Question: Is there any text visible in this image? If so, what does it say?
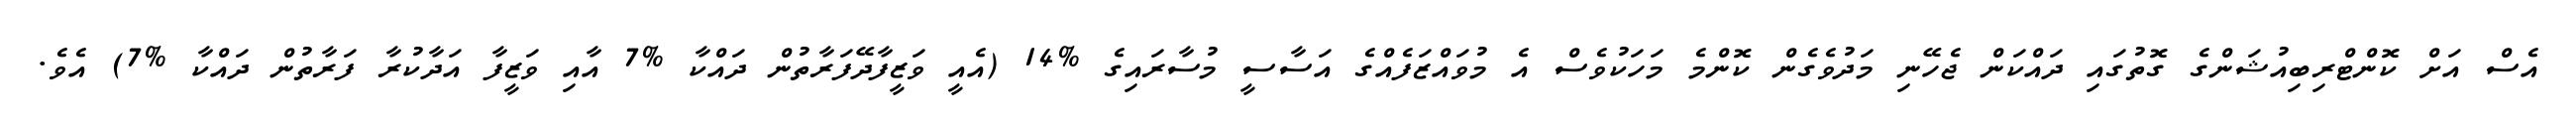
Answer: އެސް އަށް ކޮންޓްރިބިއުޝަންގެ ގޮތުގައި ދައްކަން ޖެހޭނި މަދުވެގެން ކޮންމެ މަހަކުވެސް އެ މުވައްޒަފެއްގެ އަސާސީ މުސާރައިގެ %14 (އެއީ ވަޒީފާދޭފަރާތުން ދައްކާ %7 އާއި ވަޒީފާ އަދާކުރާ ފަރާތުން ދައްކާ %7) އެވެ.